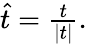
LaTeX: \begin{array}{r}{\widehat{t}=\frac{t}{|t|}.}\end{array}